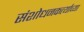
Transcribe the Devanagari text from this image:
संशोधनकर्त्याच्या